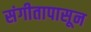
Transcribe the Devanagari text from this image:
संगीतापासून